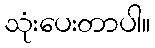
သုံးပေးတာပါ။